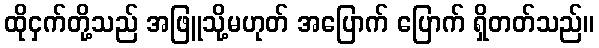
ထိုငှက်တို့သည် အဖြူသို့မဟုတ် အပြောက် ပြောက် ရှိတတ်သည်။